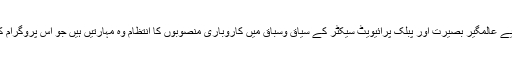
بزنس مینجمنٹ کے وظفیاتی امور کے لیے عالمگیر بصیرت اور پبلک پرائیویٹ سیکٹر کے سیاق وسباق میں کاروباری منصوبوں کا انتظام وہ مہارتیں ہیں جو اس پروگرام کے توسط سے طالبات حاصل کر تی ہیں۔